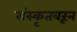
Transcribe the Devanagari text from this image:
संस्कृतवरून